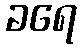
ခရေ